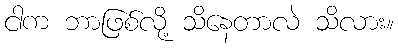
ငါက ဘာဖြစ်လို့ သိနေတာလဲ သိလား။